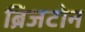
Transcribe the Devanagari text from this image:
ब्रिजटोन